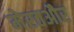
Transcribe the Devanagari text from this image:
मेरठऔर